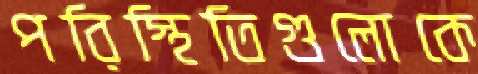
পরিস্থিতিগুলোকে